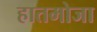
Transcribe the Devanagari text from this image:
हातमोजा